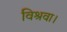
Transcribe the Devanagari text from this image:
विश्रवा।